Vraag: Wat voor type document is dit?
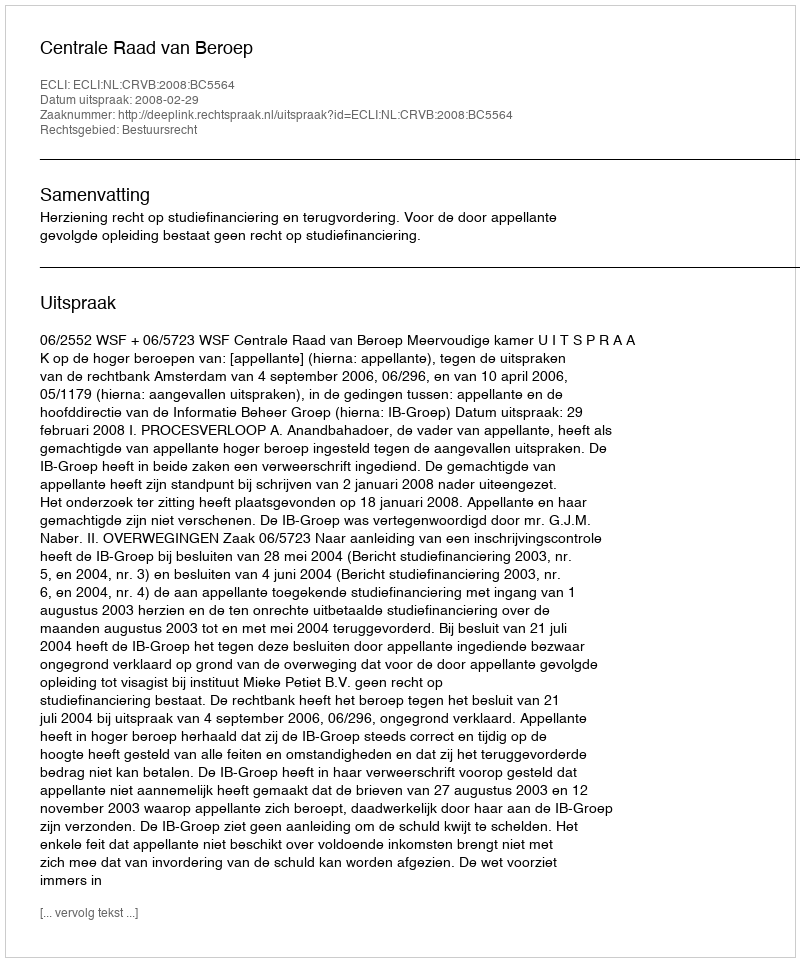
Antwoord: Uitspraak